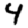
Digit: 4